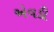
એવડી